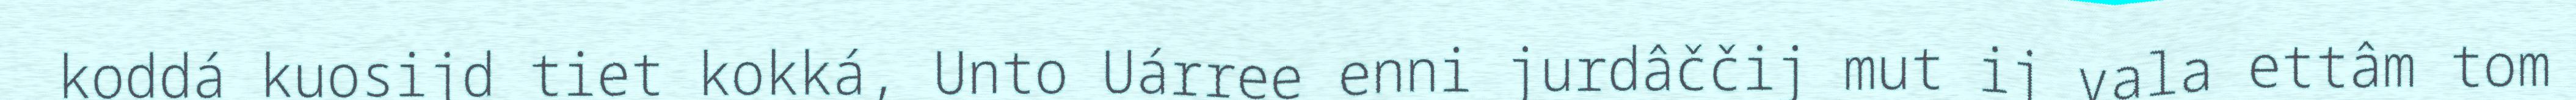
koddá kuosijd tiet kokká, Unto Uárree enni jurdâččij mut ij vala ettâm tom